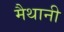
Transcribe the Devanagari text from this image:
मैथानी